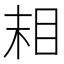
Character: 𬑉